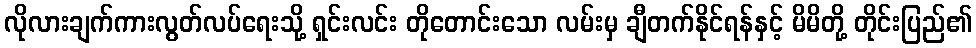
လိုလားချက်ကားလွတ်လပ်ရေးသို့ ရှင်းလင်း တိုတောင်းသော လမ်းမှ ချီတက်နိုင်ရန်နှင့် မိမိတို့ တိုင်းပြည်၏